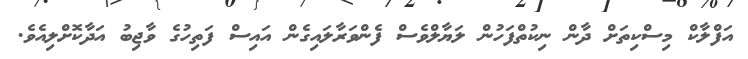
އަފްލާކް މިސްކިތަށް ދާން ނިކުތްފަހުން ލަޔާލްވެސް ފެންވަރާލައިގެން އައިސް ފަތިހުގެ ވާޖިބު އަދާކޮށްލިއެވެ.